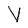
Character: V